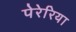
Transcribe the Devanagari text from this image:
पेरेरिया